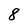
Character: 8